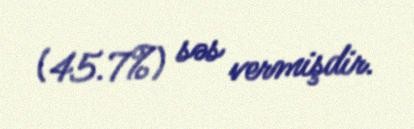
(45.7%) səs vermişdir.